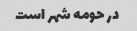
در حومه شهر است